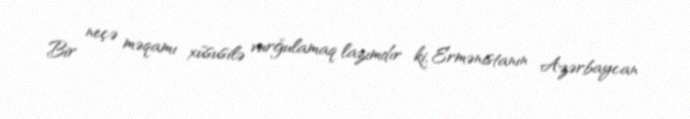
Bir neçə məqamı xüsusilə vurğulamaq lazımdır ki, Ermənistanın Azərbaycan